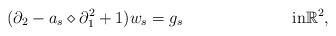
LaTeX: \begin{align*}(\partial_2 - a_s \diamond \partial_1^2 + 1) w_s & = g_s && \textrm{in} \mathbb{R}^2,\end{align*}